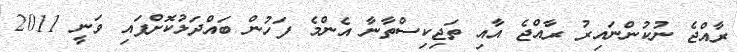
ރާއްޖެ ނުކުންނައިރު ރާއްޖެ އާއި ތަޖިކިސްތާނާ އެންމެ ފަހުން ބައްދަލުކޮށްފައި ވަނީ 2011